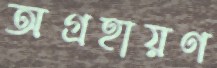
অগ্রহায়ণ